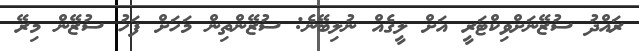
ރައްދު ސުޒޭނަށްވިކްޓަރީ އަށް ލީގެއް ނުލިބޭނެ: ސުޒޭންތިން މަހަށް ފަހު ސުޒޭން މިރޭ